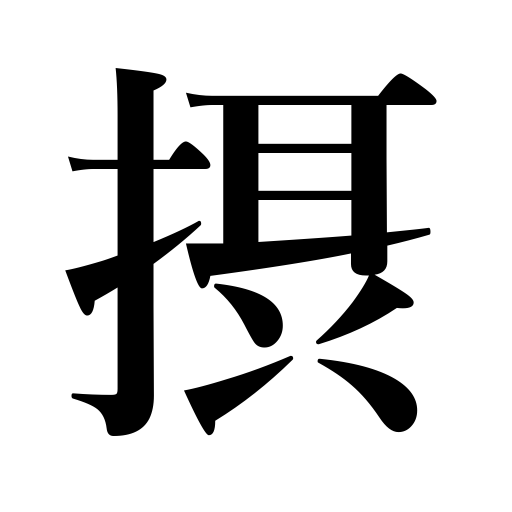
Meanings: act in place of,carry on in addition to